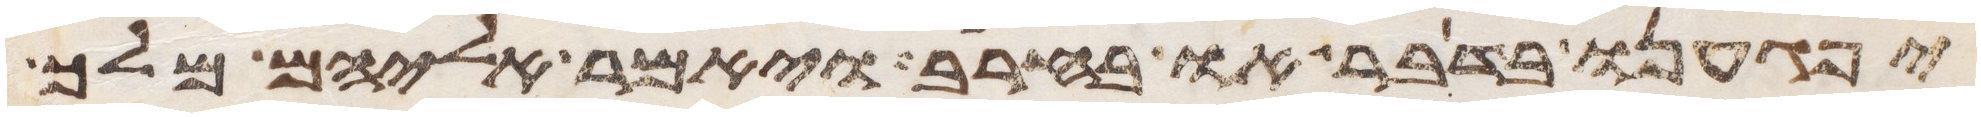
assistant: יפגענו בדבר או בחרב ויאמר אליהם מלך